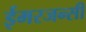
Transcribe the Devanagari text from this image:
ईमरजन्सी